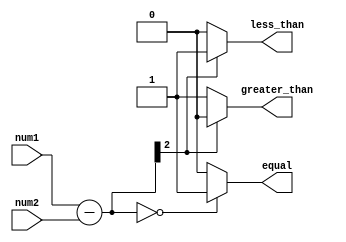
module unsigned_comparator (
    input [2:0] num1,
    input [2:0] num2,
    output equal,
    output less_than,
    output greater_than
);

    wire [2:0] diff;
    wire eq, lt, gt;

    assign diff = num1 - num2;

    assign equal = (diff == 3'b000) ? 1'b1 : 1'b0;
    assign less_than = (diff[2] == 1'b1) ? 1'b1 : 1'b0;
    assign greater_than = (diff[2] == 1'b0) ? 1'b1 : 1'b0;

endmodule